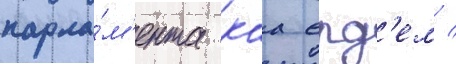
парла́м'ента каа ерд'ем /